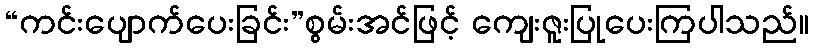
“ကင်းပျောက်ပေးခြင်း”စွမ်းအင်ဖြင့် ကျေးဇူးပြုပေးကြပါသည်။